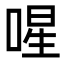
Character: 𭈻